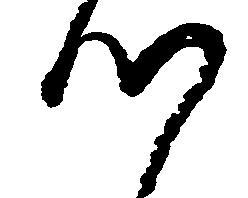
つ